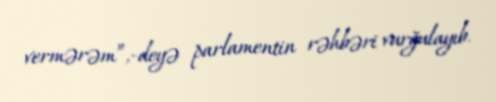
vermərəm”,-deyə parlamentin rəhbəri vurğulayıb.